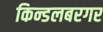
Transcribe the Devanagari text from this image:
किन्डलबरगर